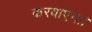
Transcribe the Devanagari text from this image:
करवाएगा।